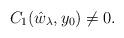
LaTeX: \begin{align*} C_1(\hat{w}_\lambda, y_0)\not=0.\end{align*}